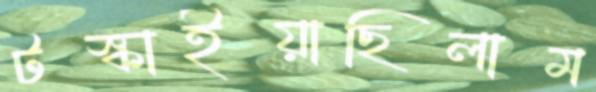
টস্‌কাইয়াছিলাম